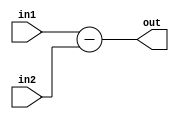
`timescale 1ns / 1ps
//////////////////////////////////////////////////////////////////////////////////
// Company: 
// Engineer: 
// 
// Design Name: 
// Module Name:    subt 
// Project Name: 
// Target Devices: 
// Tool versions: 
// Description: 
//
// Dependencies: 
//
// Revision: 
// Revision 0.01 - File Created
// Additional Comments: 
//
//////////////////////////////////////////////////////////////////////////////////
module subt(out,in1,in2);
input [15:0] in1,in2;
output reg [15:0] out;
always@(*)
out= in1-in2;


endmodule